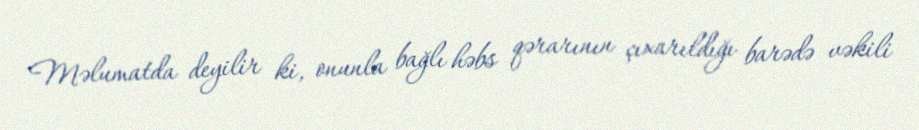
Məlumatda deyilir ki, onunla bağlı həbs qərarının çıxarıldığı barədə vəkili